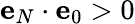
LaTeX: \mathbf{e}_{N}\cdot\mathbf{e}_{0}>0